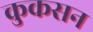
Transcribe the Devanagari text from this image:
कुकसन